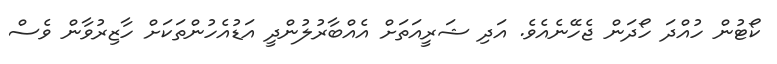
ކޯޓުން ހުއްދަ ހޯދަން ޖެހޭނެއެވެ. އަދި ޝަރީއަތަށް އެއްބާރުލުންދީ އަޑުއެހުންތަކަށް ހާޒިރުވާން ވެސް